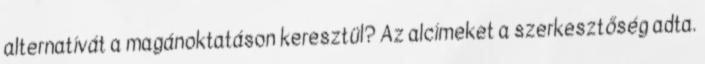
alternatívát a magánoktatáson keresztül? Az alcímeket a szerkesztőség adta.